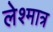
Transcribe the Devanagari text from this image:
लेश्मात्र